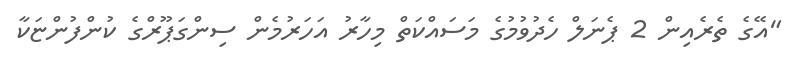
"އޭގެ ތެރެއިން 2 ޕެނަލް ހެދުވުމުގެ މަސައްކަތް މިހާރު އަހަރުމެން ސިންގަޕޫރްގެ ކުންފުންޏަކާ